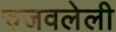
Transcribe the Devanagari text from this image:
रुजवलेली